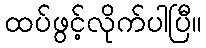
ထပ်ဖွင့်လိုက်ပါပြီ။